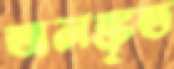
অলঙ্কৃত